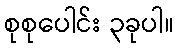
စုစုပေါင်း ၃ခုပါ။